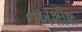
નખશીશ